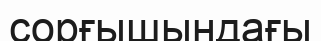
сорғышындағы